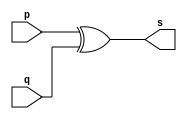
// ---------------------
// Exemplo0005 - xor
// Nome: Ana Paula da Silva
// ---------------------
// ---------------------
// -- xor gate
// ---------------------
module xorgate (output [0:3] s,
input [0:3] p,
input [0:3] q);
assign s = p ^ q;
endmodule // xor
// ---------------------
// -- test xorgate
// ---------------------
module testxorgate;
// ------------------------- dados locais
reg [0:3] a,b; // definir registrador
wire [0:3] s; // definir conexao (fio)
// ------------------------- instancia
xorgate XOR1 (s, a, b);
// ------------------------- preparacao
initial begin:start
a=4'b0011; // 4 valores binarios
b=4'b0101; // 4 valores binarios
end
// ------------------------- parte principal
initial begin:main
$display("Exemplo0005 - Ana Paula- 471906");
$display("Test xor gate");
$display("\n a ^ b = s\n");
$monitor("%b ^ %b = %b", a, b, s);
#1 a=0; b=0; // valores decimais
#1 a=4'b0010; b=4'b0001; // valores binarios
#1 a=4'd1; b=3; // decimal e decimal
#1 a=4'o5; b=2; // octal e decimal
#1 a=4'hA; b=3; // hexadecimal e decimal
#1 a=4'h9; b=4'o3; // hexadecimal e octal
end
endmodule // testxorgate